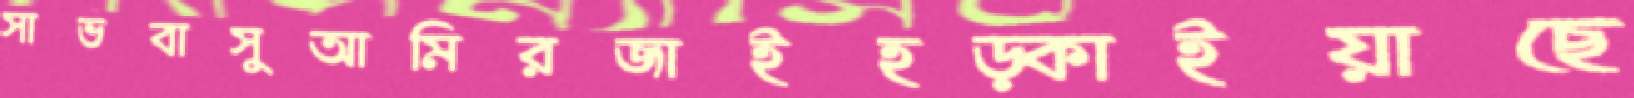
সাভবাসুআমিরজাইহড়্‌কাইয়াছে